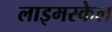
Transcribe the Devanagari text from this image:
लाइमस्केल